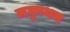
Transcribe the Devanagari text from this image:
लघुपथम